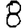
Digit: 8